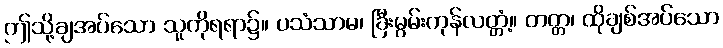
ဤသို့ချအပ်သော သူကိုရရာ၌။ ပသံသာမ၊ ခြီးမွမ်းကုန်လတ္တံ့။ တတ္တ၊ ထိုချစ်အပ်သော